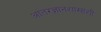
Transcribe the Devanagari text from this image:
आंतरज्ञानशाखांशी